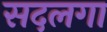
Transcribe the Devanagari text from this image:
सदलगा